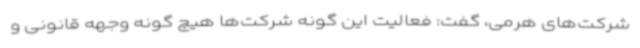
شرکت‌های هرمی، گفت: فعالیت این گونه شرکت‌ها هیچ گونه وجهه قانونی و